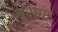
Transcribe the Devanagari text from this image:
घुसाए